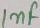
Text: 1nF